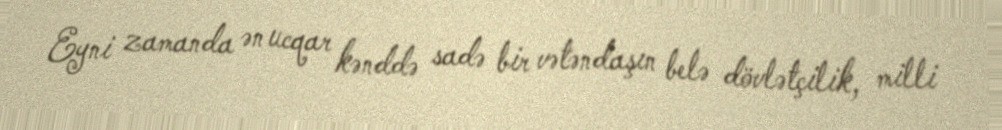
Eyni zamanda ən ucqar kənddə sadə bir vətəndaşın belə dövlətçilik, milli